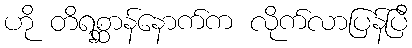
ဟို တိရစ္ဆာန်နောက်က လိုက်လာပြန်ပြီ